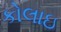
કોલાઇ